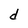
Character: d